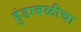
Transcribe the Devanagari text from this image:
हुंडाबळीचा